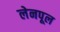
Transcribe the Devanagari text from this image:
लेनपूल